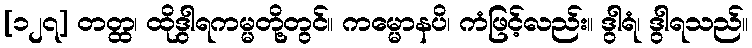
[၁၂၇] တတ္ထ၊ ထိုဒွါရကမ္မတို့တွင်။ ကမ္မောနပိ၊ ကံဖြင့်လည်း။ ဒွါရံ၊ ဒွါရသည်။